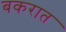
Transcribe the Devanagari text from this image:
बकरात